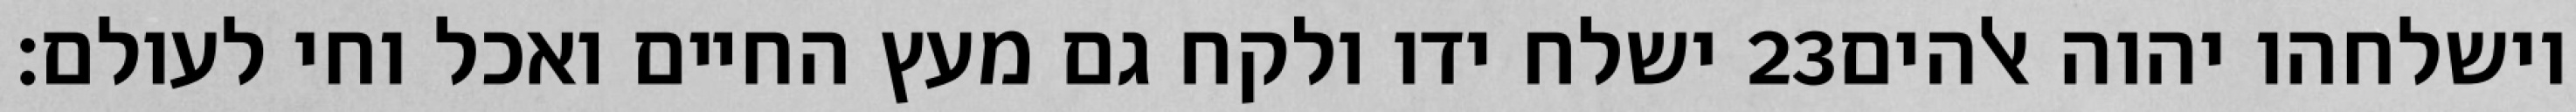
ישלח ידו ולקח גם מעץ החיים ואכל וחי לעולם׃ ‎23‏ וישלחהו יהוה אלהים